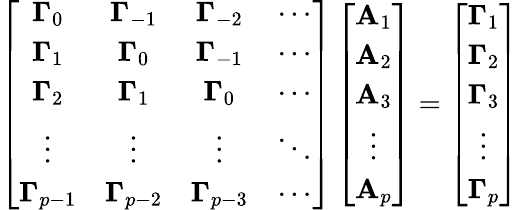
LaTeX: \left[\begin{array}{cccc}{\mathbf{\Gamma}_{0}}&{\mathbf{\Gamma}_{-1}}&{\mathbf{\Gamma}_{-2}}&{\cdots}\\ {\mathbf{\Gamma}_{1}}&{\mathbf{\Gamma}_{0}}&{\mathbf{\Gamma}_{-1}}&{\cdots}\\ {\mathbf{\Gamma}_{2}}&{\mathbf{\Gamma}_{1}}&{\mathbf{\Gamma}_{0}}&{\cdots}\\ {\vdots}&{\vdots}&{\vdots}&{\ddots}\\ {\mathbf{\Gamma}_{p-1}}&{\mathbf{\Gamma}_{p-2}}&{\mathbf{\Gamma}_{p-3}}&{\cdots}\end{array}\right]\left[\begin{array}{c}{\mathbf{A}_{1}}\\ {\mathbf{A}_{2}}\\ {\mathbf{A}_{3}}\\ {\vdots}\\ {\mathbf{A}_{p}}\end{array}\right]=\left[\begin{array}{c}{\mathbf{\Gamma}_{1}}\\ {\mathbf{\Gamma}_{2}}\\ {\mathbf{\Gamma}_{3}}\\ {\vdots}\\ {\mathbf{\Gamma}_{p}}\end{array}\right]